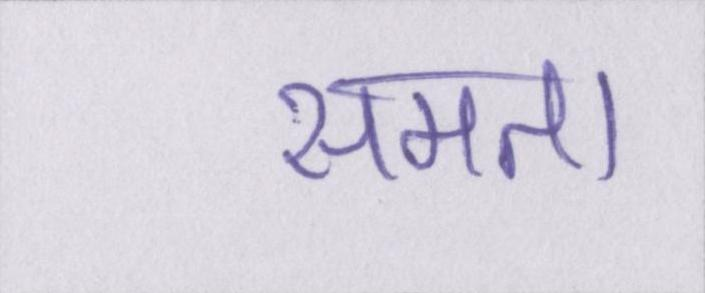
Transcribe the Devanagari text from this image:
समता